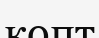
копт